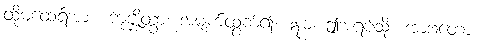
ထိုမထေရ်အား။ ကုဇ္ဈိတွာ၊ အမျက်ထွက်၍။ ဣဓ၊ ဤအရပ်သို့။ အာဂတော၊